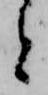
と